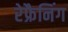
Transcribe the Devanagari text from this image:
रेफ्रैनिंग